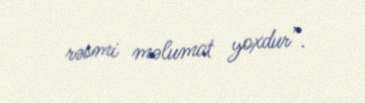
rəsmi məlumat yoxdur”.